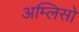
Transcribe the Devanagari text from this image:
अम्लिसो